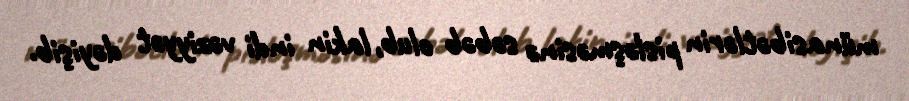
münasibətlərin pisləşməsinə səbəb olub, lakin indi vəziyyət dəyişib.